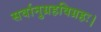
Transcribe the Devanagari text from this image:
सर्वानुग्रहविग्रहः।